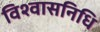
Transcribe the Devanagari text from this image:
विश्वासनिधि